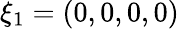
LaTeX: \xi_{1}=(0,0,0,0)